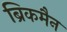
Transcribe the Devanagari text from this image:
ब्रिकमैन